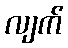
လျက်